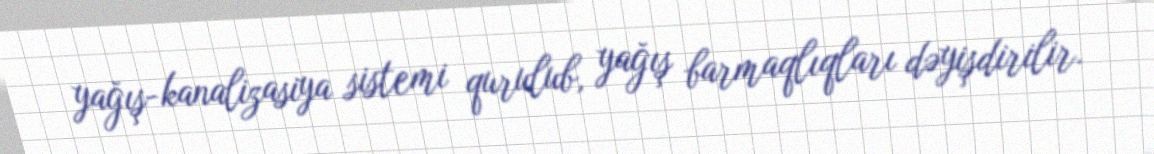
yağış-kanalizasiya sistemi qurulub, yağış barmaqlıqları dəyişdirilir.